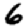
Digit: 6